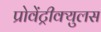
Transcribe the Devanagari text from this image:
प्रोवेंट्रीक्युलस